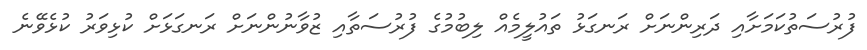
ފުރުސަތުކަމަށާއި ދަރިންނަށް ރަނގަޅު ތައުލީމެއް ލިބުމުގެ ފުރުސަތާއި ޒުވާނުންނަށް ރަނގަޅަށް ކުޅިވަރު ކުޅެވޭނެ